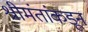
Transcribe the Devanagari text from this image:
श्रीमंतांकडून